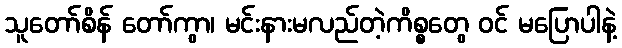
သူတော်စိန် တော်ကွာ၊ မင်းနားမလည်တဲ့ကိစ္စတွေ ဝင် မပြောပါနဲ့